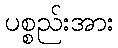
ပစ္စည်းအား